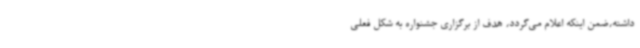
داشته،ضمن اینکه اعلام می‌گردد، هدف از برگزاری جشنواره به شکل فعلی